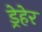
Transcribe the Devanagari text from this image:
ड्रेहेर